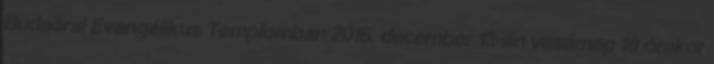
Budaörsi Evangélikus Templomban 2015. december 13-án vasárnap 18 órakor